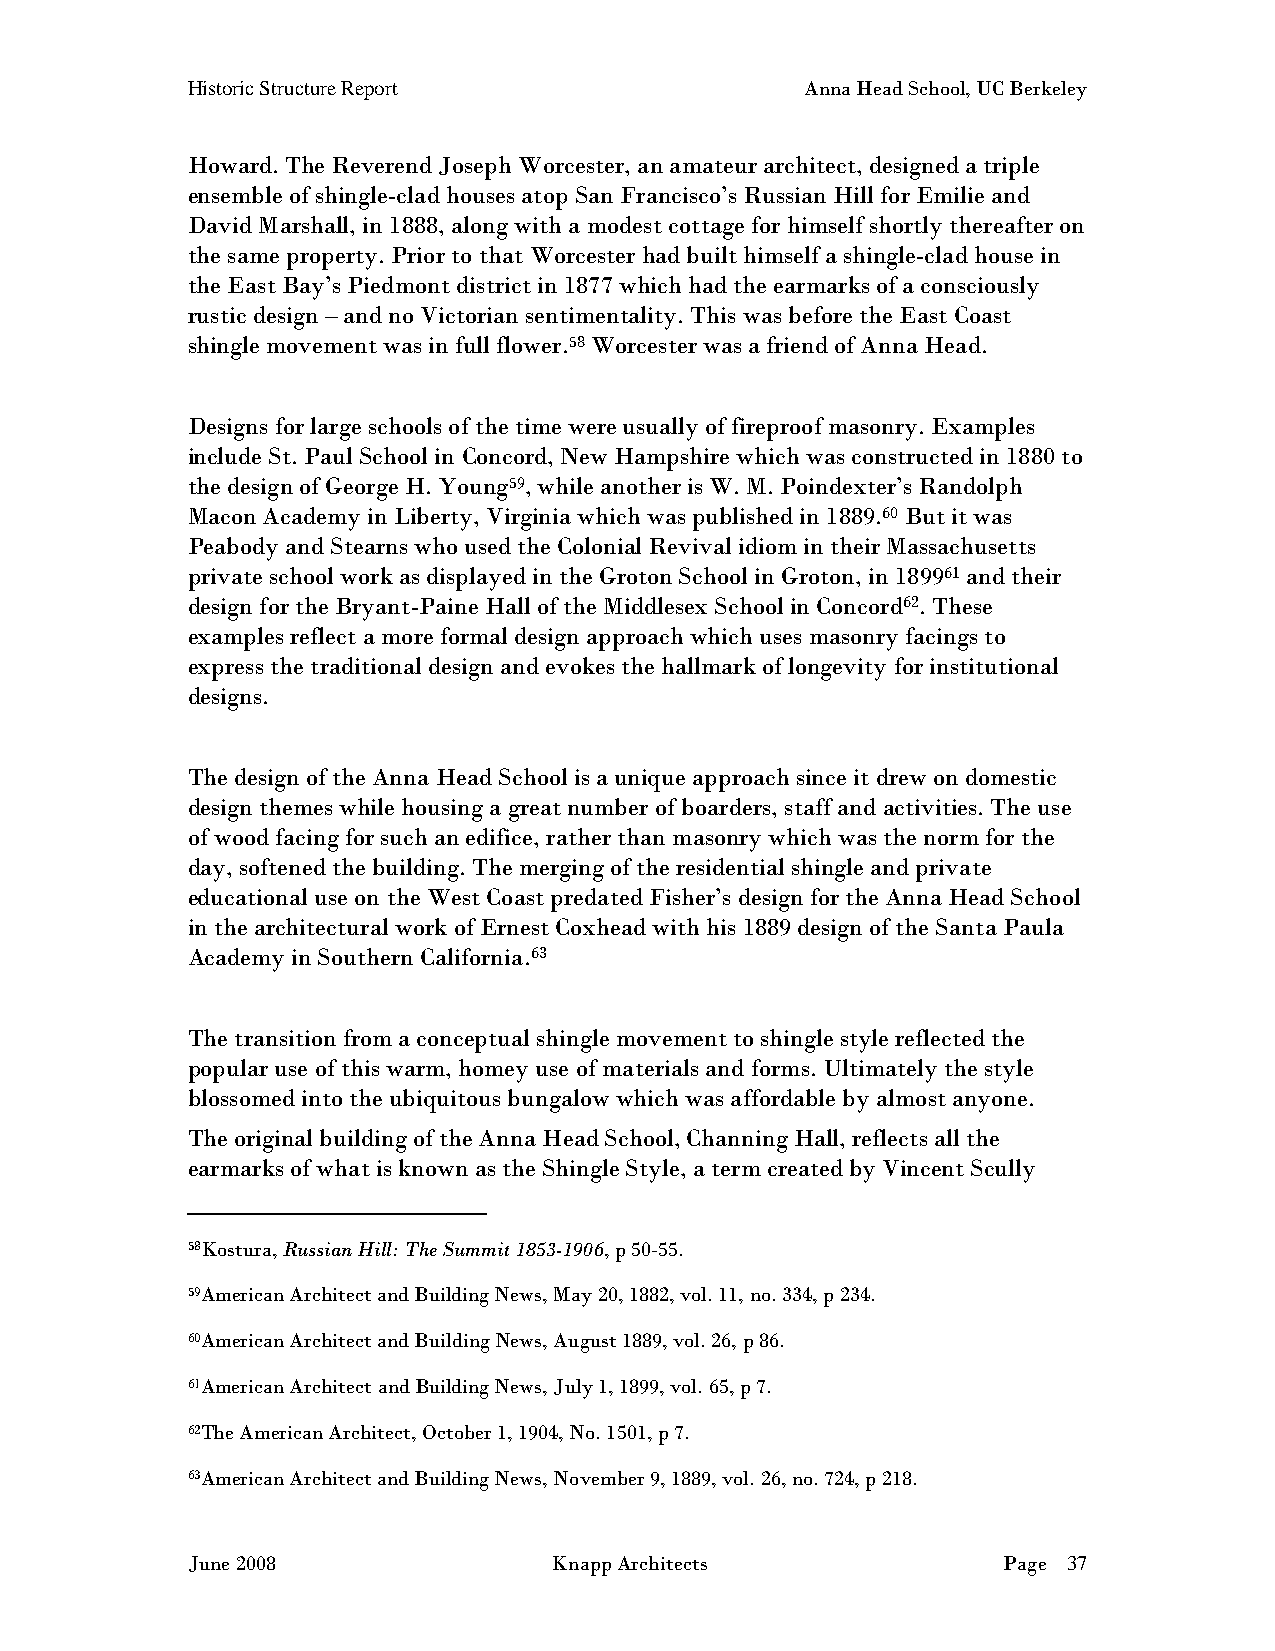
Historic Structure Report                Anna Head School, UC Berkeley
 Howard. The Reverend Joseph Worcester, an amateur architect, designed a triple
 ensemble of shingle-clad houses atop San Francisco’s Russian Hill for Emilie and
 David Marshall, in 1888, along with a modest cottage for himself shortly thereafter on
 the same property. Prior to that Worcester had built himself a shingle-clad house in
 the East Bay’s Piedmont district in 1877 which had the earmarks of a consciously
 rustic design – and no Victorian sentimentality. This was before the East Coast
 shingle movement was in full flower.58 Worcester was a friend of Anna Head.
 Designs for large schools of the time were usually of fireproof masonry. Examples
 include St. Paul School in Concord, New Hampshire which was constructed in 1880 to
 the design of George H. Young59, while another is W. M. Poindexter’s Randolph
 Macon Academy in Liberty, Virginia which was published in 1889.60 But it was
 Peabody and Stearns who used the Colonial Revival idiom in their Massachusetts
 private school work as displayed in the Groton School in Groton, in 189961 and their
 design for the Bryant-Paine Hall of the Middlesex School in Concord62. These
 examples reflect a more formal design approach which uses masonry facings to
 express the traditional design and evokes the hallmark of longevity for institutional
 designs.
 The design of the Anna Head School is a unique approach since it drew on domestic
 design themes while housing a great number of boarders, staff and activities. The use
 of wood facing for such an edifice, rather than masonry which was the norm for the
 day, softened the building. The merging of the residential shingle and private
 educational use on the West Coast predated Fisher’s design for the Anna Head School
 in the architectural work of Ernest Coxhead with his 1889 design of the Santa Paula
 Academy in Southern California.63
 The transition from a conceptual shingle movement to shingle style reflected the
 popular use of this warm, homey use of materials and forms. Ultimately the style
 blossomed into the ubiquitous bungalow which was affordable by almost anyone.
 The original building of the Anna Head School, Channing Hall, reflects all the
 earmarks of what is known as the Shingle Style, a term created by Vincent Scully
 58Kostura, Russian Hill: The Summit 1853-1906, p 50-55.
 59American Architect and Building News, May 20, 1882, vol. 11, no. 334, p 234.
 60American Architect and Building News, August 1889, vol. 26, p 86.
 61American Architect and Building News, July 1, 1899, vol. 65, p 7.
 62The American Architect, October 1, 1904, No. 1501, p 7.
 63American Architect and Building News, November 9, 1889, vol. 26, no. 724, p 218.
 June 2008                Knapp Architects             Page 37